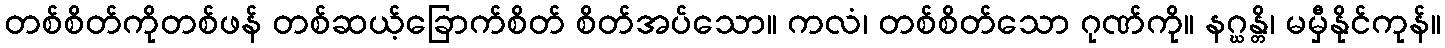
တစ်စိတ်ကိုတစ်ဖန် တစ်ဆယ့်ခြောက်စိတ် စိတ်အပ်သော။ ကလံ၊ တစ်စိတ်သော ဂုဏ်ကို။ နဂ္ဃန္တိ၊ မမှီနိုင်ကုန်။